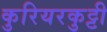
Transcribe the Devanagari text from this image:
कुरियरकुट्टी